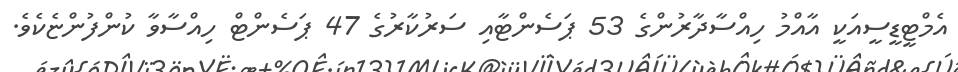
އެމްޓީޑީސީއަކީ އާއްމު ހިއްސާދާރުންގެ 53 ޕަސެންޓާއި ސަރުކާރުގެ 47 ޕަސެންޓް ހިއްސާވާ ކުންފުންޏެކެވެ.